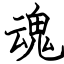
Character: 魂